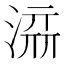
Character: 𰜥